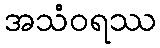
အသံဝရဿ